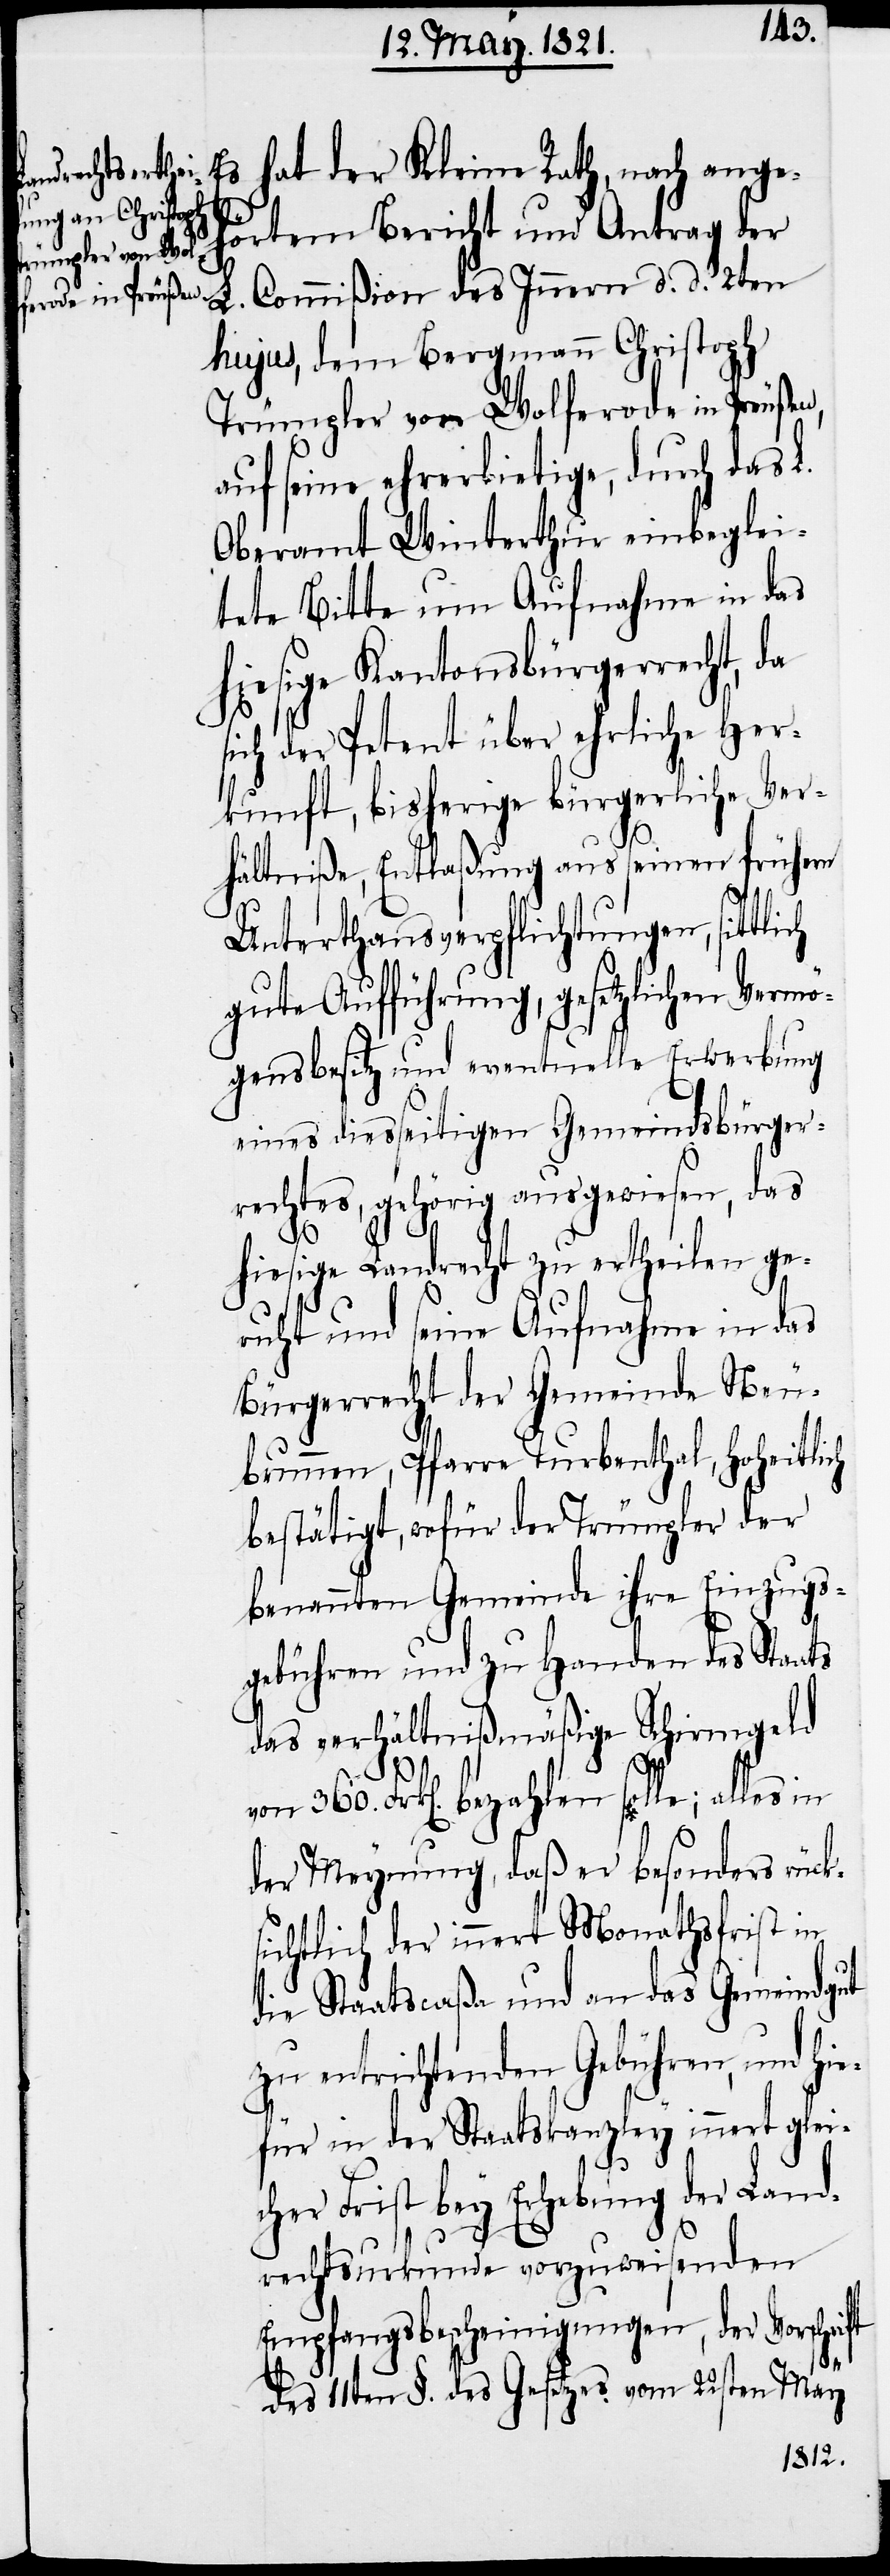
Es hat der Kleine Rath, nach ange¬
hörtem Bericht
und Antrag der L. Commißion des Innern d. d. 2ten
hujus, dem Bergmann Christoph
Trümpler von Wolferode in Preußen,
h¬
auf seine ehrerbietige, durch das L.
Oberamt Winterthur einbeglei¬
tete Bitte um Aufnahme in das
iesige Kantonsbürgerrecht, da
sich der Petent über ehrliche Her¬
kunft, bisherige bürgerliche Ver¬
hältniße, Entlaßung aus seinen frühern
Unterthansverpflichtungen, sittlich
gute Aufführung, gesetzlichen Vermö¬
gensbesitz und eventuelle Erwerbung
eines diesseitigen Gemeindsbürger¬
rechtes, gehörig ausgewiesen, das
hiesige Landrecht zu ertheilen ge¬
ruht und seine Aufnahme in das
Bürgerrecht der Gemeinde Neu¬
brunnen, Pfarre Turbenthal, hoheitlich
bestätigt, wofür der Trümpler der
benannten Gemeinde ihre Einzugs¬
gebühren und zu Handen des Staats
das verhältnißmäßige Schirmgeld
Frk[en]. bezahlen solle; alles
der Meynung, daß er besonders rück¬
sichtlich der innert Monathsfrist in
die Staatscaßa und an das Gemeindegut
zu entrichtenden Gebühren, und hi¬
efür in der Staatskanzley innert gleic¬
her Frist bey Erhebung der Land¬
rechtsurkunde vorzuweisenden
Empfangsbescheinigungen, der Vorschrift
des 11ten §. des Gesetzes vom 22sten May